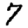
Digit: 7